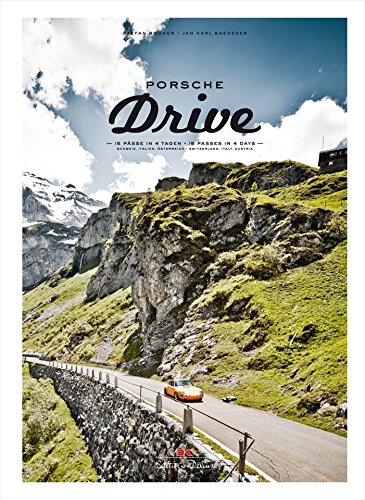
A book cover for Porsche Drive: 14 Passes in 4 Days; Switzerland, Italy, Austria (English and German Edition); Stefan Bogner; Arts & Photography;